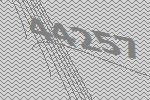
44257